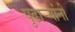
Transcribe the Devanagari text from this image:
पुढार्‍यांनी